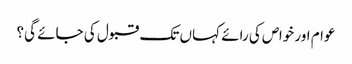
عوام اور خواص کی رائے کہاں تک قبول کی جائے گی؟